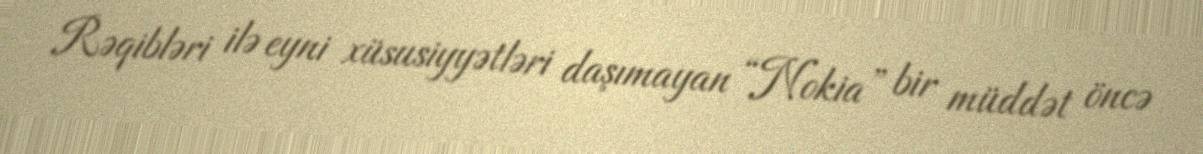
Rəqibləri ilə eyni xüsusiyyətləri daşımayan “Nokia” bir müddət öncə